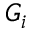
G _ { i }